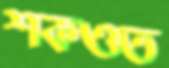
শকওত